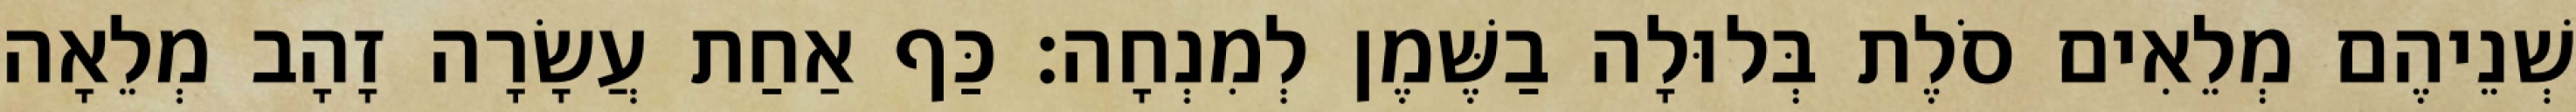
שְׁנֵיהֶם מְלֵאִים סֹלֶת בְּלוּלָה בַשֶּׁמֶן לְמִנְחָה׃ כַּף אַחַת עֲשָׂרָה זָהָב מְלֵאָה